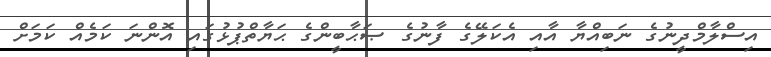
އިސްލާމްދީނުގެ ނަބިއްޔާ އާއި އެކަލޭގެ ފާނުގެ ޞަޙާބީންގެ ޙަޔާތްޕުޅުގައި އޮންނަ ކަމެއް ކަމަށް